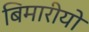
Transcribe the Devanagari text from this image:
बिमारीयो